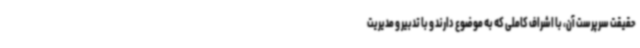
حقیقت سرپرست آن، با اشراف کاملی که به موضوع دارند و با تدبیر و مدیریت